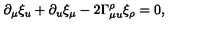
\partial _ { \mu } \xi _ { u } + \partial _ { u } \xi _ { \mu } - 2 \Gamma _ { \mu u } ^ { \rho } \xi _ { \rho } = 0 ,